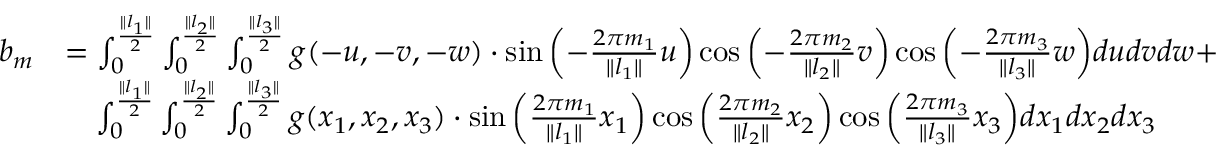
\begin{array} { r l } { b _ { m } } & { = \int _ { 0 } ^ { \frac { \| l _ { 1 } \| } { 2 } } \int _ { 0 } ^ { \frac { \| l _ { 2 } \| } { 2 } } \int _ { 0 } ^ { \frac { \| l _ { 3 } \| } { 2 } } g ( - u , - v , - w ) \cdot \sin { \left( - \frac { 2 \pi m _ { 1 } } { \| l _ { 1 } \| } u \right) } \cos { \left( - \frac { 2 \pi m _ { 2 } } { \| l _ { 2 } \| } v \right) } \cos { \left( - \frac { 2 \pi m _ { 3 } } { \| l _ { 3 } \| } w \right) } d u d v d w + } \\ & { \quad \int _ { 0 } ^ { \frac { \| l _ { 1 } \| } { 2 } } \int _ { 0 } ^ { \frac { \| l _ { 2 } \| } { 2 } } \int _ { 0 } ^ { \frac { \| l _ { 3 } \| } { 2 } } g ( x _ { 1 } , x _ { 2 } , x _ { 3 } ) \cdot \sin { \left( \frac { 2 \pi m _ { 1 } } { \| l _ { 1 } \| } x _ { 1 } \right) } \cos { \left( \frac { 2 \pi m _ { 2 } } { \| l _ { 2 } \| } x _ { 2 } \right) } \cos { \left( \frac { 2 \pi m _ { 3 } } { \| l _ { 3 } \| } x _ { 3 } \right) } d x _ { 1 } d x _ { 2 } d x _ { 3 } } \end{array}